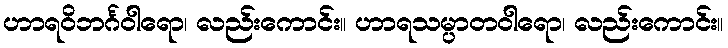
ဟာရဝိဘင်္ဂဝါရော၊ လည်းကောင်း။ ဟာရသမ္ပာတဝါရော၊ လည်းကောင်း။